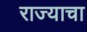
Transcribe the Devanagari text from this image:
राज्‍याचा